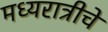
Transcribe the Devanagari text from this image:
मध्यरात्रीचे